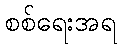
စစ်ရေးအရ